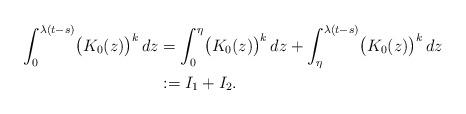
LaTeX: \begin{align*} \int_{0}^{\lambda(t-s)}\bigl(K_{0}(z) \bigr)^{k}\,dz&=\int_{0}^{\eta}\bigl(K_{0}(z) \bigr)^{k}\,dz+\int_{\eta}^{\lambda(t-s)}\bigl(K_{0}(z) \bigr)^{k}\,dz\\&:=I_{1}+I_{2}.\end{align*}